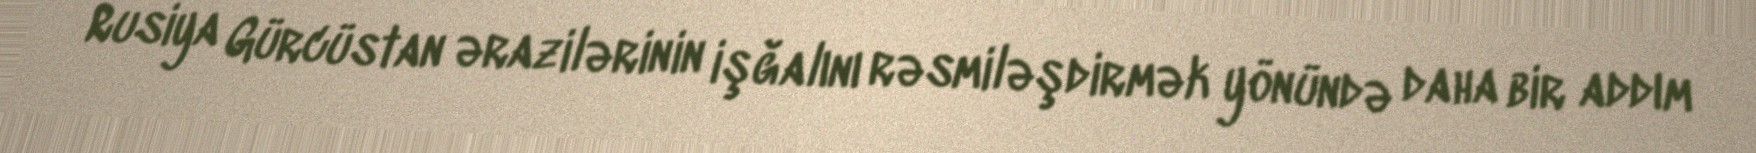
Rusiya Gürcüstan ərazilərinin işğalını rəsmiləşdirmək yönündə daha bir addım